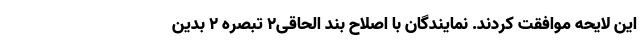
این لایحه موافقت کردند. نمایندگان با اصلاح بند الحاقی۲ تبصره ۲ بدین